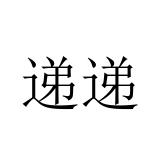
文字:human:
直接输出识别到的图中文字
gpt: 递递